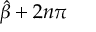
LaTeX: { \hat { \beta } } + 2 n \pi